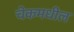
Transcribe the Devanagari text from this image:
चेकमधील